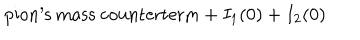
LaTeX: \mathrm { p i o n ^ { \prime } s ~ m a s s ~ c o u n t e r t e r m } + I _ { 1 } ( 0 ) + I _ { 2 } ( 0 )